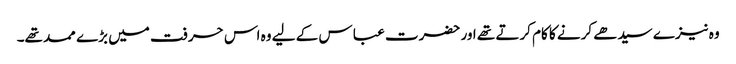
وہ نیزے سیدھے کرنے کا کام کرتے تھے اور حضرت عبا س کے لیے وہ اس حرفت میں بڑے ممد تھے۔